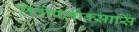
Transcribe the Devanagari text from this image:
लेवोफ्लोक्सासिं